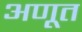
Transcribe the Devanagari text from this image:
अणूत